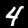
Digit: 4